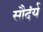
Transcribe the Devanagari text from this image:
सौदंर्य